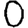
Digit: 0